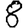
Digit: 8